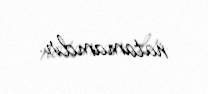
natamamdır.